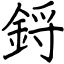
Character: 鋝